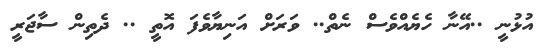
އުޅުނީ ..އޭނާ ހެޔެއްވެސް ނެތް.. ވަރަށް އަނިޔާވެފަ އޮތީ .. ދެތިން ސާޖަރީ